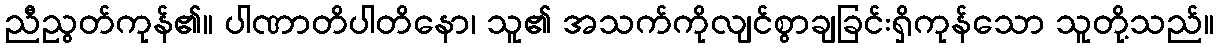
ညီညွတ်ကုန်၏။ ပါဏာတိပါတိနော၊ သူ၏ အသက်ကိုလျင်စွာချခြင်းရှိကုန်သော သူတို့သည်။